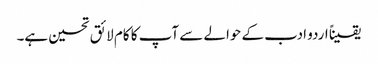
یقیناً اردو ادب کے حوالے سے آپ کا کام لائق تحسین ہے۔